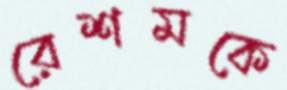
রেশমকে